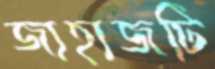
জাহাজটি